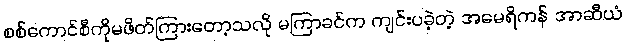
စစ်ကောင်စီကိုမဖိတ်ကြားတော့သလို မကြာခင်က ကျင်းပခဲ့တဲ့ အမေရိကန် အာဆီယံ